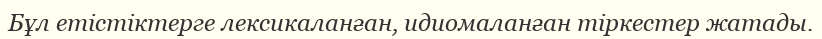
Бұл етістіктерге лексикаланған, идиомаланған тіркестер жатады.